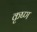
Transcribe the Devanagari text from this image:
कृष्‍ण्‍ा